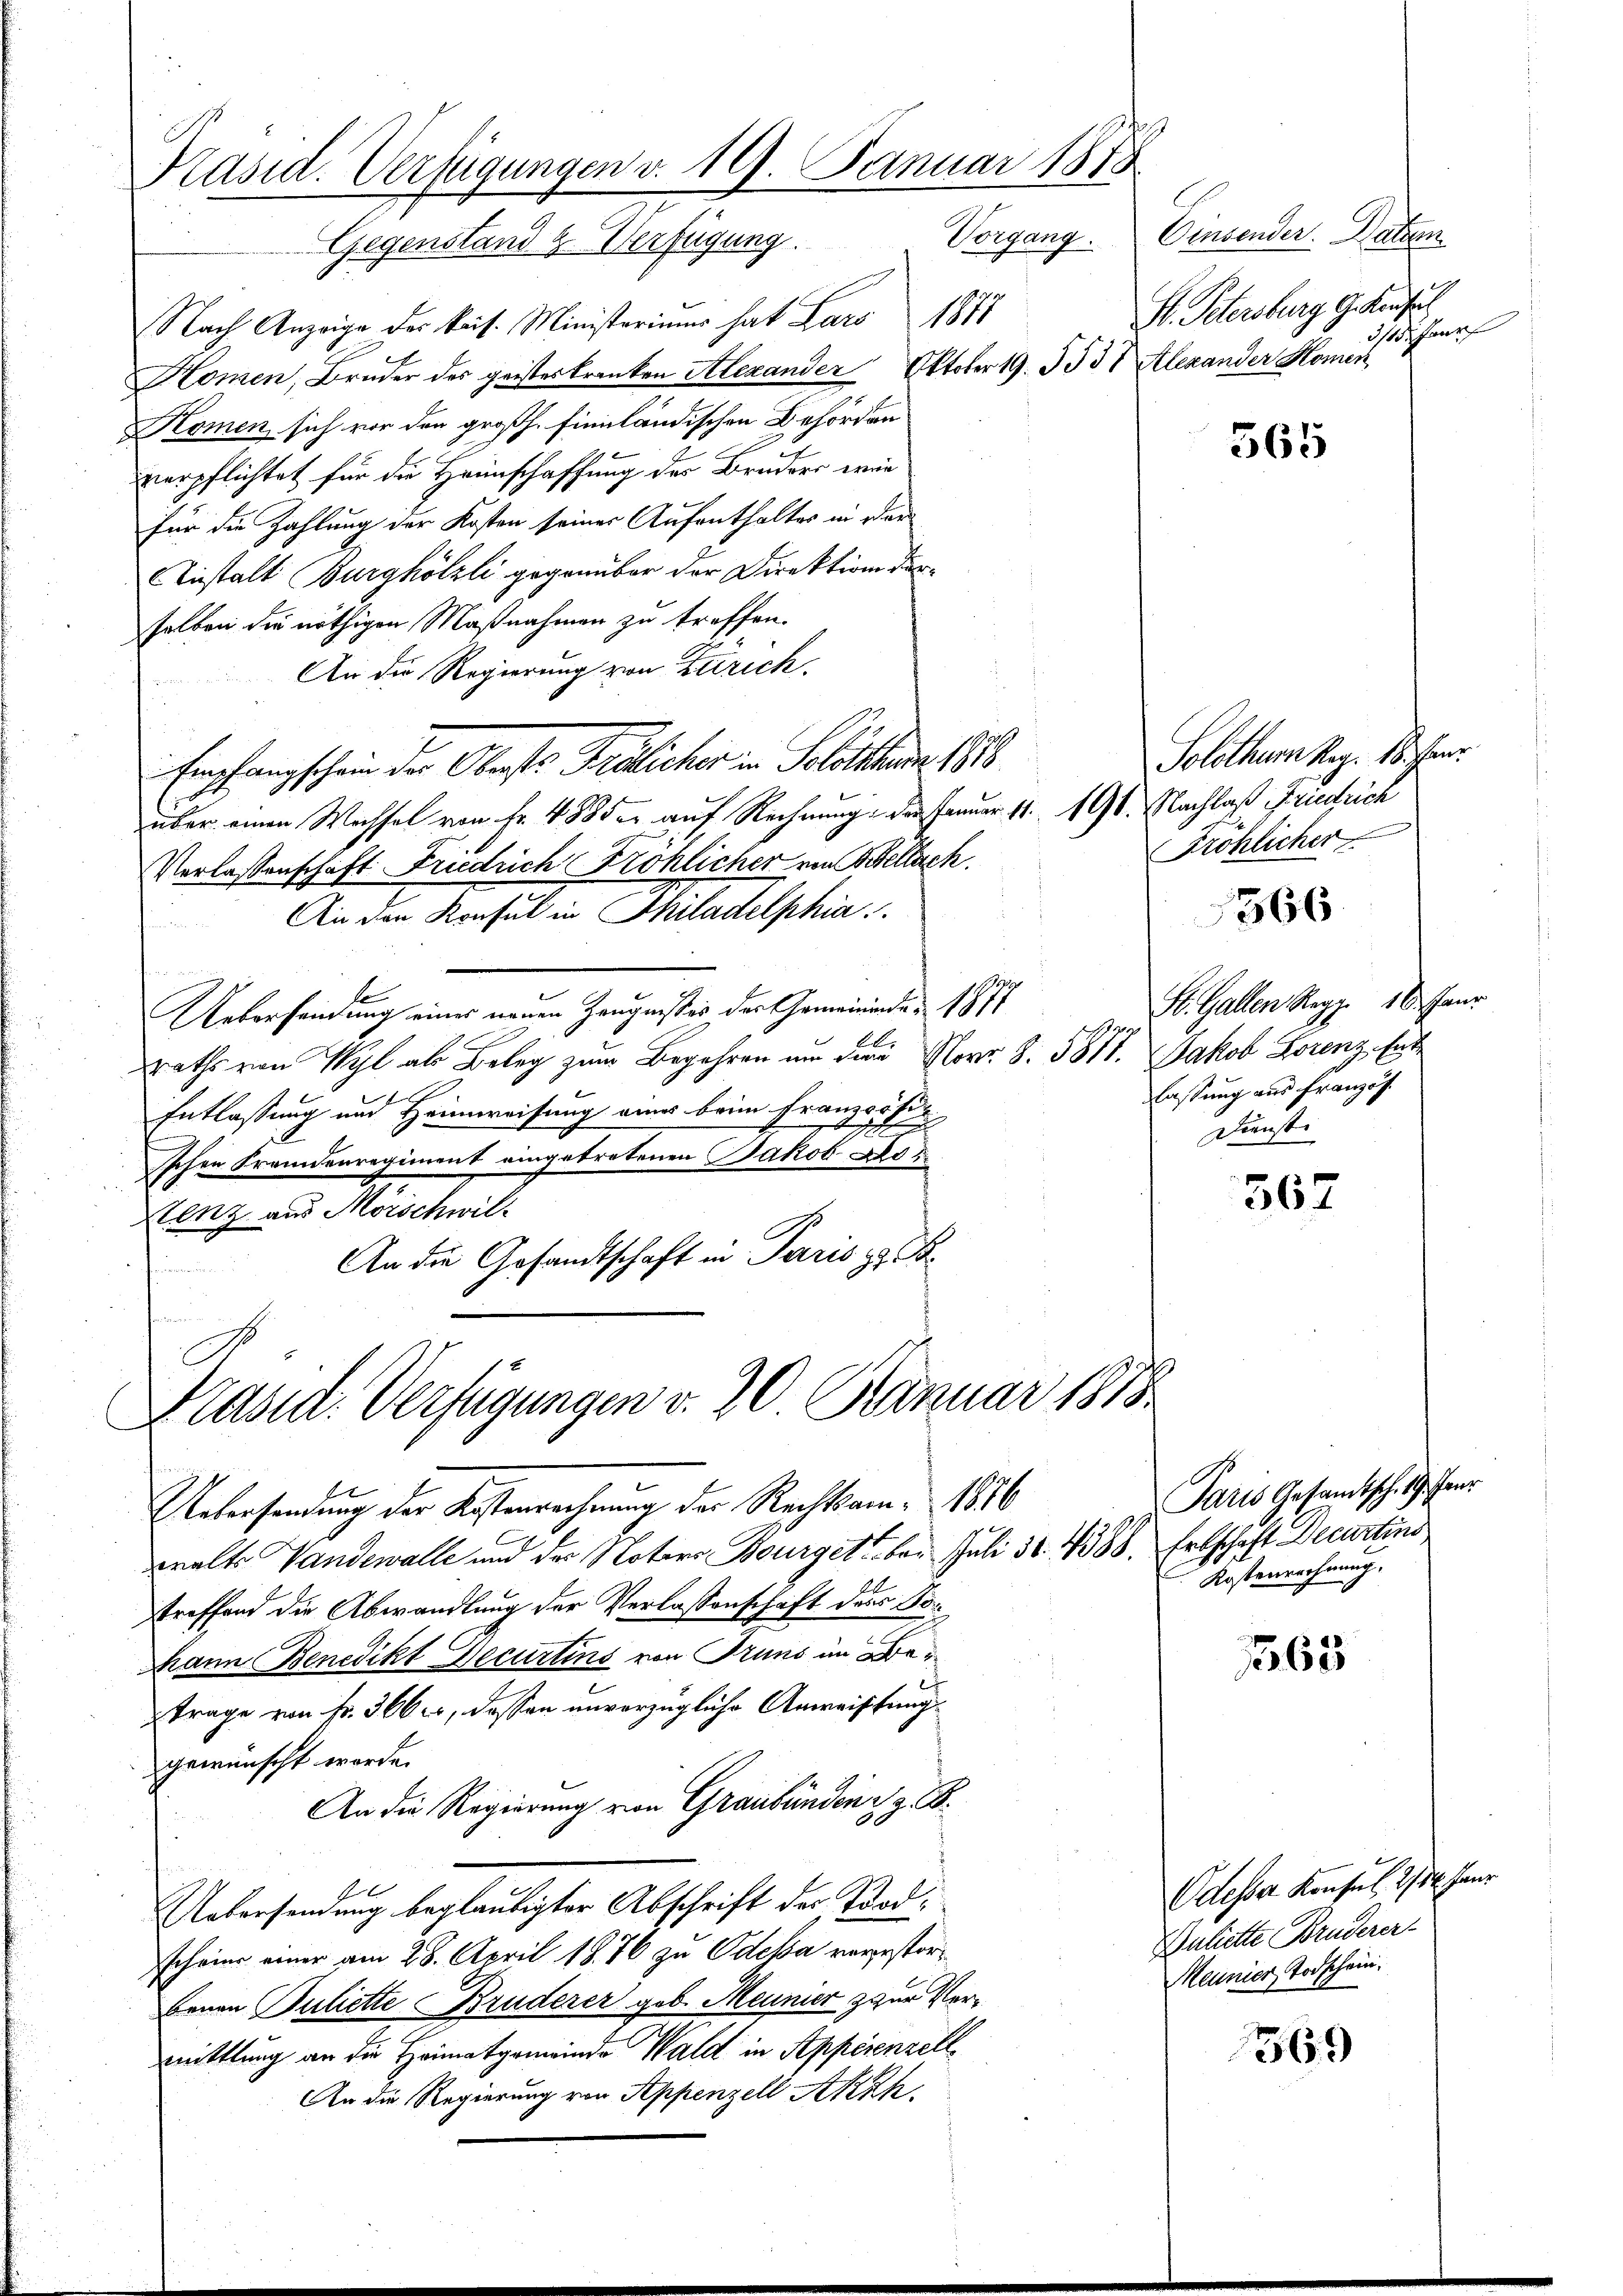
Präsid. Verfügungen d. 19. Januar 1878
Gegenstand & Verfügung. Vorgang. Einsender. Datum

Nach Anzeige des kais. Ministeriums hat Laro 1877
Komen, Bruder des geisteskranken Alexander Oktober 19. 3537 Alexander Homer
Komen, sich vor den großh. Finnländischen Behörden
verpflichtet für die Heimschaffung der Bruders wie
für die Zahlung der Kosten seiner Aufenthaltes in der
Instalt Burghölzli gegenüber der Direktion der
selben die nöthigen Maßnahmen zu treffen.
An die Regierung von Zürich.
Empfangschein der Oberste Fridlicher in Solothurner 1886.
über einen Wechsel von Fr. 488 der auf Rechnung des Januar 11. 191. Nachlaß Friedrich
Verlassenschaft Friedrich Fröhlicher von Schillach.
An den Konsul in Philadelphia
Ueberfandung eines neuen Zeugnisses der Gemeinende 1877
bb
raths von Wyl als Beleg zum Begehren um die Norr. S. 5877. Jakob Lorenz, Ent
Entlassung und Heimweisung eines beim Französi-
schen Fremdenregiment eingetretenen Jakob Ao 1
Lenz aus Mörschwil-
An die Gesandtschaft in Paris z. B.

Präsid. Verfügungen v. 20 Fanuar 1818.

Uebersendung der Kostenrechnung der Rechtsam-1886
ralt Vandewalle und der Notaro Bourget, bei Juli 30. 4388. Erbschaft Decurtins
treffend die Abwandlung der Verlassenschaft der Vor
Mann Benedikt Decurtins von Truns in Betrage von fr. 366 c, dessen unverzügliche Anweistung.
gewünscht worde.
An die Regierung von Graubünden z. B.
Al
Uebersendung beglaubigter Abschrift der Pordscheine einer am 28. April 1876 zu Odeka vergestor¬
Brnau Juliette Bruderer geb. Meunier z zur Vermittlung an die Heimatgemeinde Wald in Appesenzell
An die Regierung von Appenzell Akzk

S. Petersburg G.Konsul
hrauf

565

Solothurm Reg. 18. Janr.
Fröhlicher

566

St. Gallen Reg. 16. Jan.
lassung aus Französ.
Dienste

362

Paris Gesandtsch. Wienr
Kostenrechnung.

1363

369

Odesser Konsul 2/14. Janr
Anliette Bruderer
Meunier Todschein.